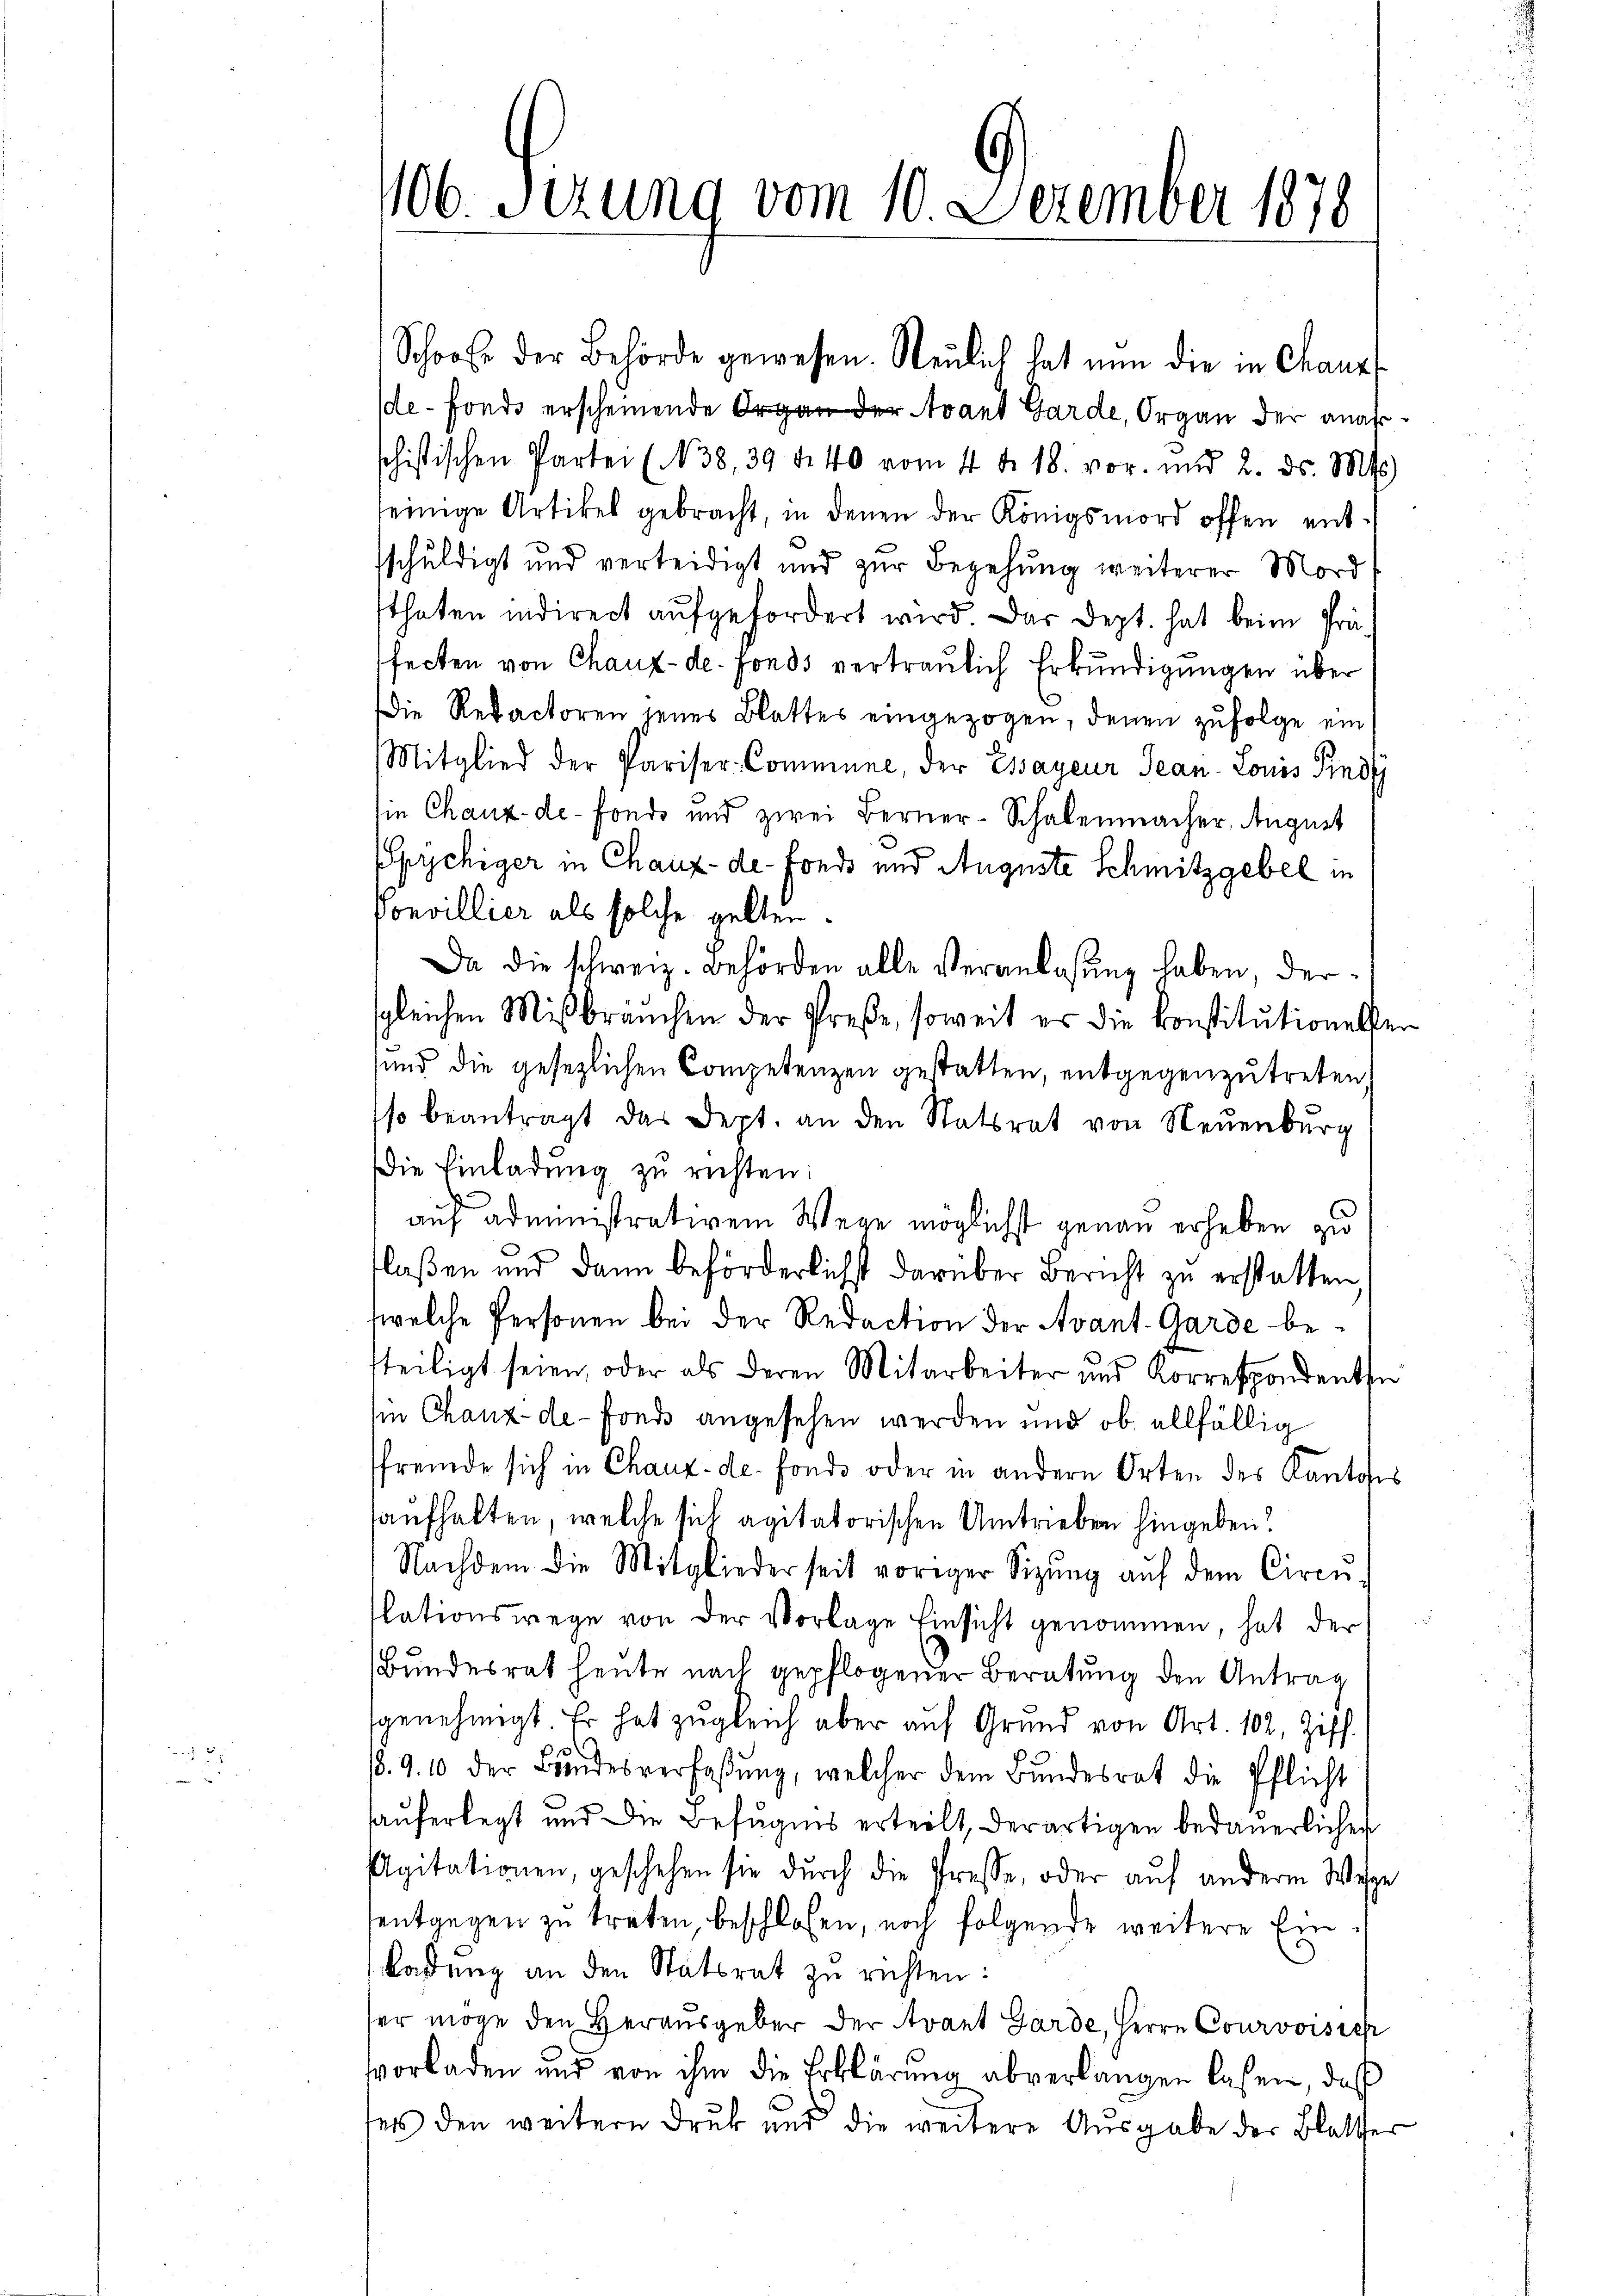
106 Sizung vom 10. Dezember 1878

de-Fonds erscheinende Organ der Avant Garde, Organ der anafschistischen Partei (N38, 39 f. 40 vom 4. d. 18. vor. und 2. ds. Mts.
seinige Artikel gebracht, in denen der Königsmord offen entsschuldigt und verteidigt und zur Begehung weiterer Mord
thaten indirect aufgefordert wird. Das Dept. hat beim Präfecten von Chaux-de-Fonds vertraulich Erkŭndigungen über
Die Redactoren jenes Blattes eingezogen, denen zufolge ein
Mitglied der Pariser-Commune, der Essayeur Sean-Louis Pindf
ie Chaux-de-Fonde und zwei Berner-Schalenmacher, August
Spychiger in Chaux-de-Fonds und Auguste Schmitzgebel in
Convillier als solche gelten.
Da die schweiz. Behörden alle Veranlassung haben, dersgleichen Mißbräuchen der Preße, soweit er die Konstitutionesser
sund die gesezlichen Competenzen gestatten, entgegenzutreten,
so beantragt das Sept. an den Statsrat von Neuenburg
Die Einladŭng zŭ richten:
auf administrativem Wege möglichst genau erheben zu
flaßen und dann beförderlichst darüber Bericht zŭ erstatten,
welche Personen bei der Redaction der Avant. Garde betteiligt seien, oder als deren Mitarbeiter und Korrespondentse
in Chaux-de-Fonds angesehen werden und ob allfällig
sfremde sich in Chaux-de-Fonds oder in andern Orten des Kantons
aufhalten, welche sich agitatorischen Umtrieben hingeben.
Nachdem die Mitglieder seit voriger Sitzŭng aŭf dem Circu
slationswege von der Vorlage Einsicht genommen, hat der
Bundesrat heute nach gepflogener Beratung den Antrag
genehmigt. Er hat zŭgleich aber aŭf Grŭnd von Art. 102, Ziff.
e
8. 9. 10 der Brandesverfaßung, welcher dem Bundesrat die Pflicht
aŭferlegt und die Befugnis erteilt, derartigen bedauerlichen
Agitationen, geschehen sie durch die Presse, oder auf andern Wese
entgegen zu treten beschlossen, noch folgende weitere Einkadung an den Statsrat zu richten:
ser möge den Heraŭsgeber der Avant Garde, Herrn Courvoisie
svorladen und von ihm die Erklärung abverlangen lassen, daß
des den weitern Druk und die weitere Aŭsgabe der Blatter

Schooß der Behörde gewesen. Neulich hat nun die in Chaus